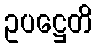
ဥပဋ္ဌေတိ